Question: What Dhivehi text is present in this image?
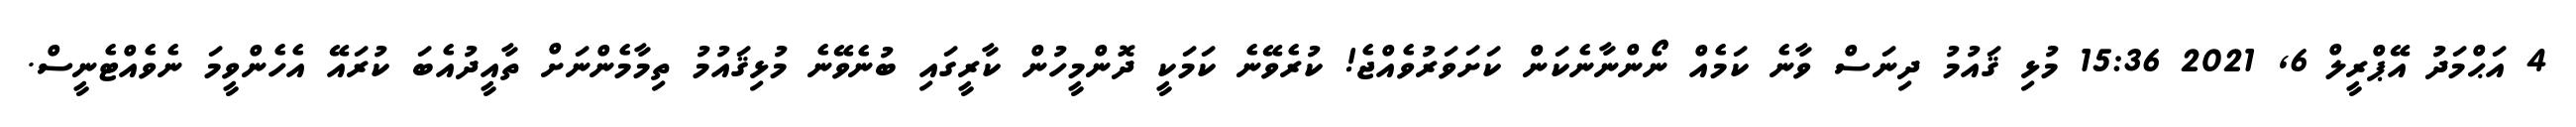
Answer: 4 އަޙްމަދު އޭޕްރީލް 6, 2021 15:36 މުޅި ޤައުމު ދިނަސް ވާނެ ކަމެއް ނޯންނާނެކަން ކަށަވަރުވެއްޖެ! ކުރެވޭނެ ކަމަކީ ދޮންމީހުން ކާރީގައި ބުނެވޭނެ މުޅިޤައުމު ތިމާމެންނަށް ތާއީދުއެބަ ކުރައޭ އެހެންވީމަ ނެވެއްޓެނީސް.